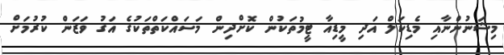
މިޝަނުންނާއި މެޑިކަލް އަދި މީޑިއާ ޓީމުތަކުން ކޮށްދިން މަސައްކަތްތަކުގެ އަގު ވަޒަން ކުރުމަށް